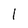
Character: 1